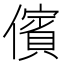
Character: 儐